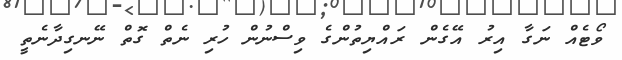
ވޯޓެއް ނަގާ އިރު އޭގެން ރައްޔިތުންގެ ވިސްނުން ހުރި ނެތް ގޮތް ނޭނގިދާނެތީ